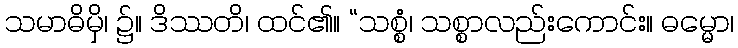
သမာဓိမှိ၊ ၌။ ဒိဿတိ၊ ထင်၏။ “သစ္စံ၊ သစ္စာလည်းကောင်း။ ဓမ္မော၊